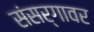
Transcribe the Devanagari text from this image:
संसर्गावर